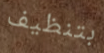
بتنظيف